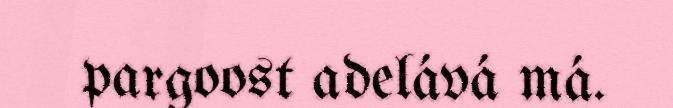
pargoost adelává má.